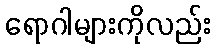
ရောဂါများကိုလည်း